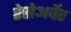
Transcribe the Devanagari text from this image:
रेसेअर्चेर